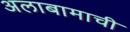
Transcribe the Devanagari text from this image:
अलाबामाची